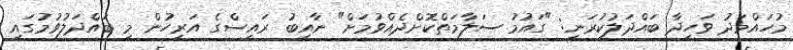
މުހައްމަދު ވަހީދާ ބައްދަލުކުރަނީ: "ގައުމު ސަލާމަތްކޮށްދެއްވުމަށް" ނާއިބު ރައީސްގެ އަރިހުން މި ބައްދަލުވުމުގައި